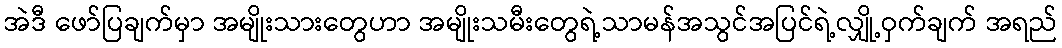
အဲဒီ ဖော်ပြချက်မှာ အမျိုးသားတွေဟာ အမျိုးသမီးတွေရဲ့သာမန်အသွင်အပြင်ရဲ့လျှို့ဝှက်ချက် အရည်